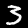
Digit: 3